Indian journal of veterinary science and animal husbandry - Volume 2,
Year: 1932
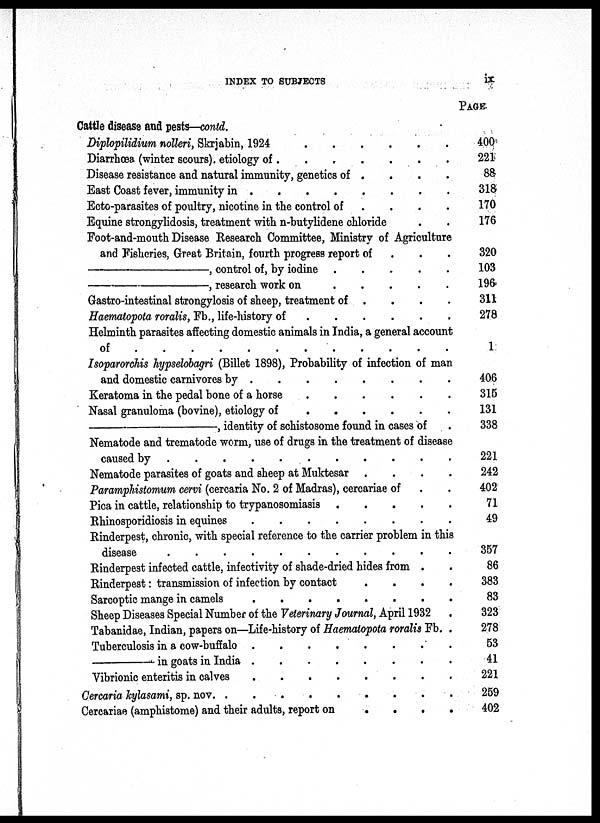
INDEX TO SUBJECTS
ix
Cattle disease and pests—contd.
Diplopilidium nolleri, Skrjabin, 1924
.
.
.
.
.
.
.
.
Diarrhœa (winter scours). etiology of . . . . . . . .
Disease resistance and natural immunity, genetics of . . . . . . . .
East Coast fever, immunity in
.
.
.
.
.
.
.
.
Ecto-parasites of poultry, nicotine in the control of . . . . . . . .
Equine strongylidsis, treatment with n-butylidene chloride . . . . . . . .
Foot-and-mouth Disease Research Committee, Ministry of Agriculture
and Fisheries, Great Britain, fourth progress report of . . . . . . . .
—,
control of, by iodine . . . . . . . .
—,
research work on . . . . . . . .
Gastro-intestinal strongylosis of sheep, treatment of . . . . . . . .
Haematopota roralis, Fb., life-history of . . . . . . . .
Helminth parasites affecting domestic animals in India, a general account
of
.
.
.
.
.
.
.
.
Isoparorchis hypselobagri (Billet 1898), Probability of infection of man
and domestic carnivores by
.
.
.
.
.
.
.
.
Keratoma in the pedal bone of a horse . . . . . . . .
Nasal granuloma (bovine), etiology of . . . . . . . .
—,
identity of schistosome found in cases of .
Nematode and trematode worm, use of drugs in the treatment of disease
caused by . . . . . . . .
Nematode parasites of goats and sheep at Muktesar . . . . . . . .
Paramphistomum cervi (cercaria No. 2 of Madras), Cercariae of . .
Pica in cattle, relationship to trypanosomiasis . . . . . . . .
Rhinosporidiosis in equines
.
.
.
.
.
.
.
.
Rinderpest, chronic, with special reference to the carrier problem in this
disease . . . . . . . .
Rinderpest infected cattle, infectivity of shade-dried hides from . . . . . . . .
Rinderpest : transmission of infection by contact . . . . . . . .
Sarcoptic mange in camels
.
.
.
.
.
.
.
.
Sheep Diseases Special Number of the Veterinary Journal, April 1932 .
Tabanidae, Indian, papers on—Life-history of Haematopota roralis Fb. .
Tuberculosis in a cow-buffalo
.
.
.
.
.
.
.
.
—in
goats in India
.
.
.
.
.
.
.
.
Vibrionic enteritis in calves
.
.
.
.
.
.
.
.
Cercaria kylasami, sp. nov. . . . . . . . .
Cercariae (amphistome) and their adults, report on . . . . . . . .
PAGE
400
221
88
318
170
176
320
103
196
311
278
1
406
315
131
338
221
242
402
71
49
357
86
383
83
323
278
53
41
221
259
402